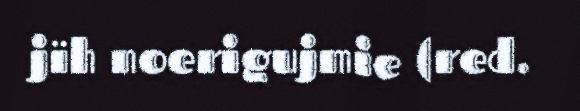
jïh noerigujmie (red.